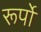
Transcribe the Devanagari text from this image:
रूर्पों